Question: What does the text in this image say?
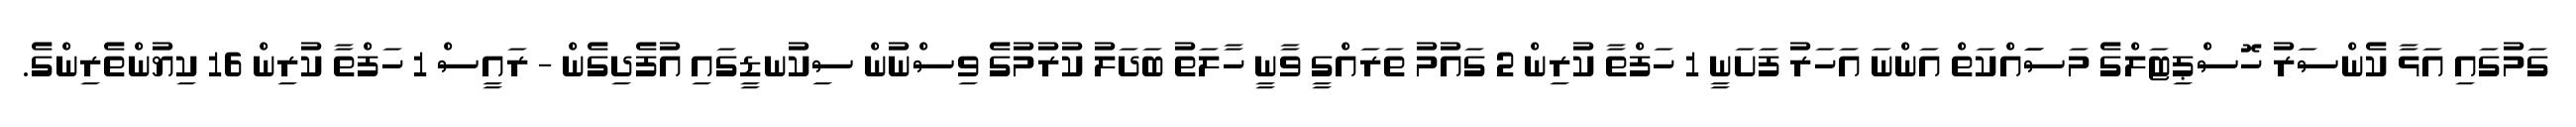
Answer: ގަމުގައި އަޅާ ކެންސަރު ހޮސްޕިޓަލްގެ މަސަައްކަތް އަންނަ އަހަރު ފަށަނީ 1 ހަފްތާ ކުރިން 2 ގައުމު ތަރައްގީ ވާނީ ހާލަތު ބަދަލު ކުރުމުގެ ވިސްނުން ސިކުނޑީގައި އުފެދިގެން - ރައީސް 1 ހަފްތާ ކުރިން 16 ކިޔުންތެރިންގެ.